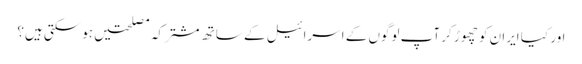
اور کیا ایران کو چھوڑ کر آپ لوگوں کے اسرائیل کے ساتھ مشترکہ مصلحتیں ہوسکتی ہیں؟